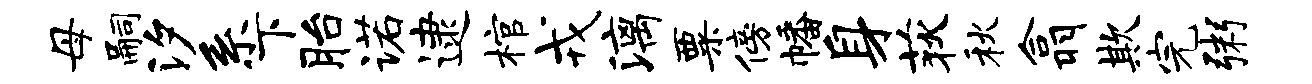
母嗣汐系下胎诺逮棺戎漓粟傍幡身荻秋翕欺完粥